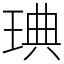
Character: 琠